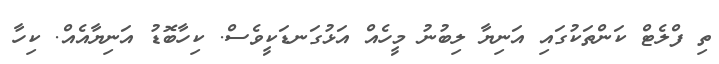
ތި ފްލެޓް ކަންތަކުގައި އަނިޔާ ލިބުނު މީހެއް އަޅުގަނޑަކީވެސް. ކިހާބޮޑު އަނިޔާއެއް. ކިހާ